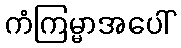
ကံကြမ္မာအပေါ်